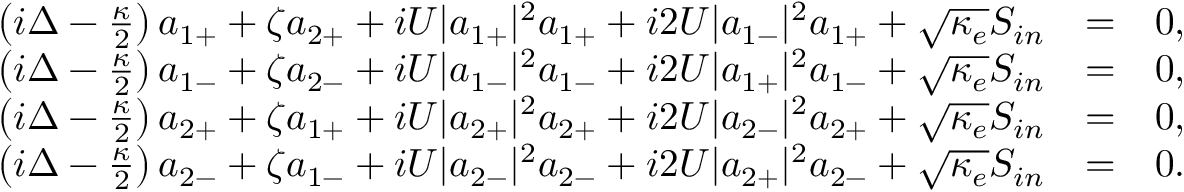
\begin{array} { r l r } { \left( i \Delta - \frac { \kappa } { 2 } \right) a _ { 1 + } + \zeta a _ { 2 + } + i U | a _ { 1 + } | ^ { 2 } a _ { 1 + } + i 2 U | a _ { 1 - } | ^ { 2 } a _ { 1 + } + \sqrt { \kappa _ { e } } S _ { i n } } & { = } & { 0 , } \\ { \left( i \Delta - \frac { \kappa } { 2 } \right) a _ { 1 - } + \zeta a _ { 2 - } + i U | a _ { 1 - } | ^ { 2 } a _ { 1 - } + i 2 U | a _ { 1 + } | ^ { 2 } a _ { 1 - } + \sqrt { \kappa _ { e } } S _ { i n } } & { = } & { 0 , } \\ { \left( i \Delta - \frac { \kappa } { 2 } \right) a _ { 2 + } + \zeta a _ { 1 + } + i U | a _ { 2 + } | ^ { 2 } a _ { 2 + } + i 2 U | a _ { 2 - } | ^ { 2 } a _ { 2 + } + \sqrt { \kappa _ { e } } S _ { i n } } & { = } & { 0 , } \\ { \left( i \Delta - \frac { \kappa } { 2 } \right) a _ { 2 - } + \zeta a _ { 1 - } + i U | a _ { 2 - } | ^ { 2 } a _ { 2 - } + i 2 U | a _ { 2 + } | ^ { 2 } a _ { 2 - } + \sqrt { \kappa _ { e } } S _ { i n } } & { = } & { 0 . } \end{array}